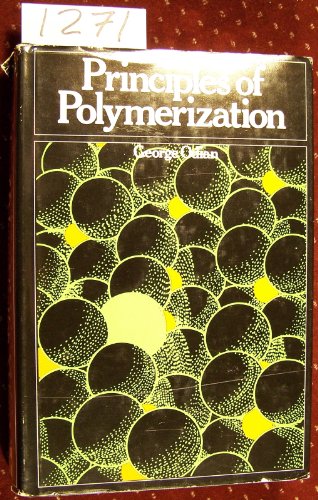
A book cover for Principles of Polymerization; George Odian; Science & Math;